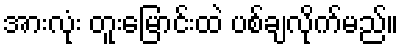
အားလုံး တူးမြောင်းထဲ ပစ်ချလိုက်မည်။